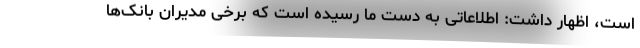
است، اظهار داشت: اطلاعاتی به دست ما رسیده است که برخی مدیران بانک‌ها